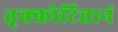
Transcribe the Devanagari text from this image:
तृक्कोटित्तानं